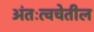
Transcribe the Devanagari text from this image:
अंतःत्वचेतील